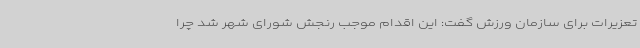
تعزیرات برای سازمان ورزش گفت: این اقدام موجب رنجش شورای شهر شد چرا